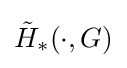
{\tilde {H}}_{*}(\cdot ,G)